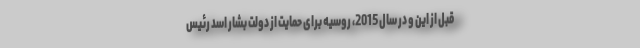
قبل از این و در سال 2015، روسیه برای حمایت از دولت بشار اسد رئیس